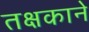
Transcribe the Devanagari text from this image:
तक्षकाने